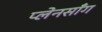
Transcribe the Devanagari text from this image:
प्लेनसाँग